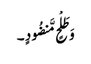
وَ طَلْحٍ مَّنضُودٍ ۔